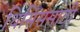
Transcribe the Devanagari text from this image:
थिसिससाठी